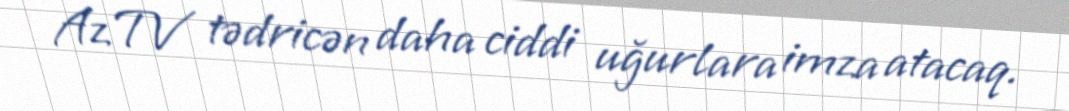
AzTV tədricən daha ciddi uğurlara imza atacaq.